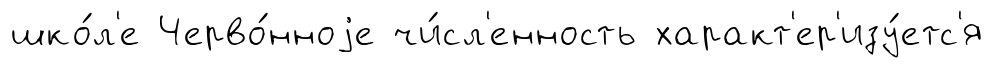
шко́л'е Черво́нноjе чи́сл'енность характ'ер'изу́етс'я